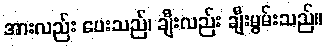
အားလည်း ပေးသည်၊ ချီးလည်း ချီးမွမ်းသည်။